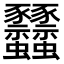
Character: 𧲟